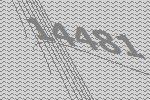
14481